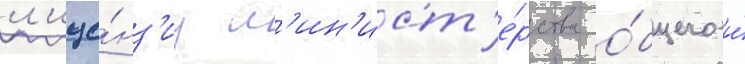
л'ице́нз'иу м'ин'ист'е́рства о́бщего и́